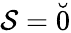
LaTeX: \mathcal{S}=\breve{0}